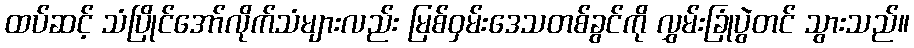
ထပ်ဆင့် သံပြိုင်အော်လိုက်သံများလည်း မြစ်ဝှမ်းဒေသတစ်ခွင်ကို လွှမ်းခြုံပွဲတင် သွားသည်။